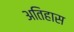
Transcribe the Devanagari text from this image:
अतिहास